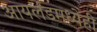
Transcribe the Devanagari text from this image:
आयर्लंडमध्येही